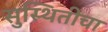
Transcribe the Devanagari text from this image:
सुस्थितीचा